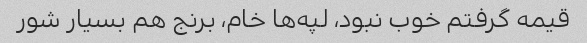
قیمه گرفتم خوب نبود، لپه‌ها خام، برنج هم بسیار شور